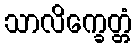
သာလိက္ခေတ္တံ